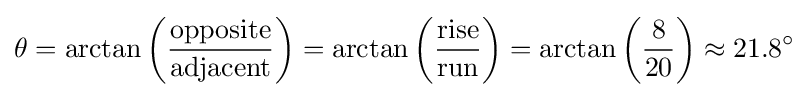
\theta =\arctan \left({\frac {\text{opposite}}{\text{adjacent}}}\right)=\arctan \left({\frac {\text{rise}}{\text{run}}}\right)=\arctan \left({\frac {8}{20}}\right)\approx 21.8^{\circ }